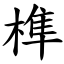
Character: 榫